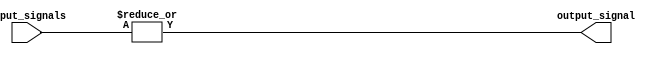
module OR_gate(
    input [31:0] input_signals,
    output reg output_signal
);

always @* begin
    output_signal = |input_signals; // Bitwise OR operation
end

endmodule